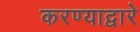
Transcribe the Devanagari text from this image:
करण्याद्वारे